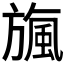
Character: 𣄖